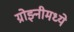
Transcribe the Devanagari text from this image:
ग्रोझ्नीमध्ये